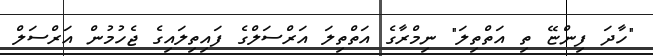
"ހާދަ ފިންޏޭ ތި އަތްތިލަ" ނިމްރާގެ އަތްތިލަ އަރްސަލްގެ ފައިތިލައިގެ ޖެހުމުން އަރްސަލް